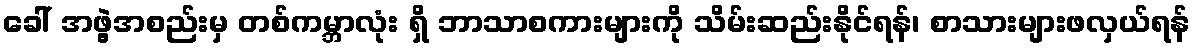
ခေါ် အဖွဲ့အစည်းမှ တစ်ကမ္ဘာလုံး ရှိ ဘာသာစကားများကို သိမ်းဆည်းနိုင်ရန်၊ စာသားများဖလှယ်ရန်